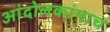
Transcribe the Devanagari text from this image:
आंदोलकांनाच